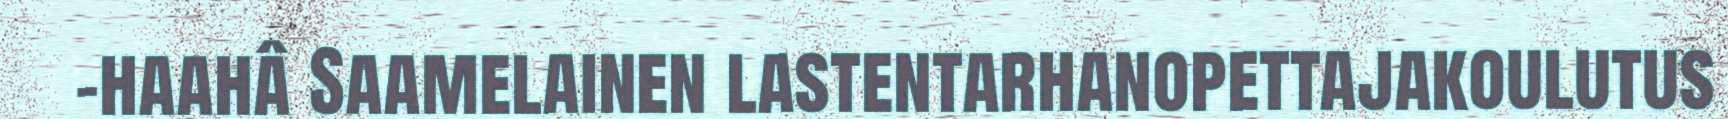
-haahâ Saamelainen lastentarhanopettajakoulutus